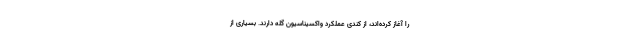
را آغاز کرده‌اند، از کندی عملکرد واکسیناسیون گله دارند. بسیاری از